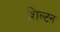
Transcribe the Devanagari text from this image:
शिल्टन